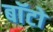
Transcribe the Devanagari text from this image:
बाॅटो